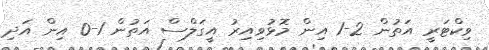
ވިކްޓަރީ އަތުން 2-1 އިން މޮޅުވިއިރު އީގަލްސް އަތުން 1-0 އިން އަދި